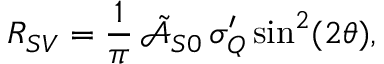
R _ { S V } = \frac { 1 } { \pi } \, \tilde { \mathcal { A } } _ { S 0 } \, \sigma _ { Q } ^ { \prime } \sin ^ { 2 } ( 2 \theta ) ,